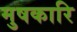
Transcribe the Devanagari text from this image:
मुषकारि